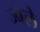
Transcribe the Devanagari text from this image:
ज्बले